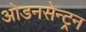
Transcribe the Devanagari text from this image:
ओडनसेन्ट्रन